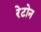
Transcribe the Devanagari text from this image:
रेटोन